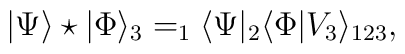
|\Psi\rangle\star |\Phi\rangle_3= _1\langle\Psi|_2\langle \Phi|V_3\rangle _{123},